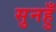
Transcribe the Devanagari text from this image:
सुनहुँ